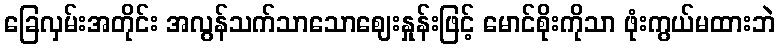
ခြေလှမ်းအတိုင်း အလွန်သက်သာသောဈေးနှုန်းဖြင့် မောင်စိုးကိုသာ ဖုံးကွယ်မထားဘဲ